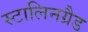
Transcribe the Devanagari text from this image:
स्टालिनग्रैड